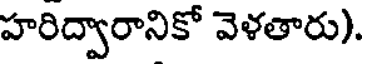
హరిద్వారానికో వెళతారు).